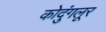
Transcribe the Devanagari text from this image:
कोदुंगलूर